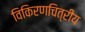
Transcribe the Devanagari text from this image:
विकिरणचित्रीय